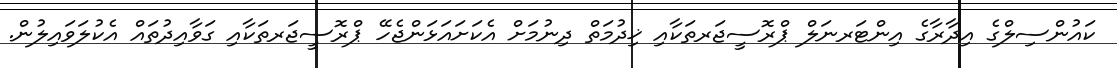
ކައުންސިލްގެ އިދާރާގެ އިންޓަރނަލް ޕްރޮސީޖަރތަކާއި ޚިދުމަތް ދިނުމަށް އެކަށައަޅަންޖެހޭ ޕްރޮސީޖަރތަކާއި ގަވާއިދުތައް އެކުލަވައިލުން.